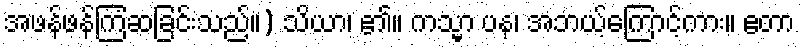
အဖန်ဖန်ကြံဆခြင်းသည်။) သိယာ၊ ၏။ ကသ္မာ ပန၊ အဘယ့်ကြောင့်ကား။ ဧတာ